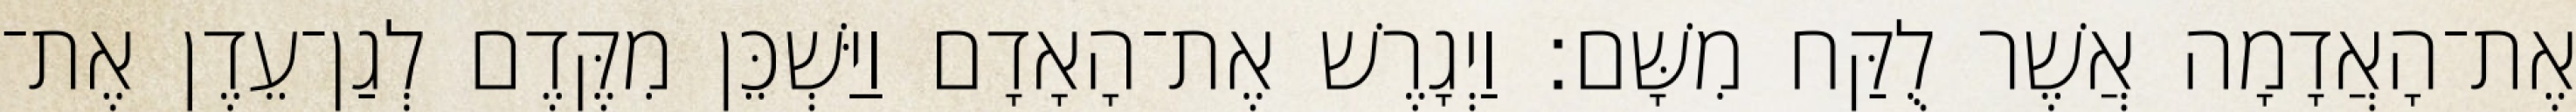
אֶת־הָאֲדָמָה אֲשֶׁר לֻקַּח מִשָּׁם׃ וַיְגָרֶשׁ אֶת־הָאָדָם וַיַּשְׁכֵּן מִקֶּדֶם לְגַן־עֵדֶן אֶת־